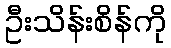
ဦးသိန်းစိန်ကို